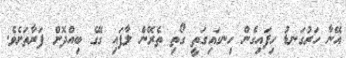
އޭނާ ހަރުގަނޑު ހިފައިގެން ހިނގައިގަތީ ގޯތި ތެރޭން ލާފައި ގޭގެ ބިއްދޮށް ފަރާތަށެވެ.